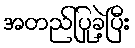
အတည်ပြုခဲ့ပြီး